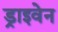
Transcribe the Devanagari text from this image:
ड्राइवेन